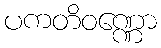
ပကတိဝဏ္ဏော